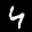
Label: 4